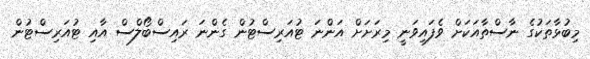
މިބުޅާތަކުގެ ނާސްތާއަކަށް ވެފައިވަނީ މިރަށަށް އަންނަ ޓުއަރިސްޓުން ގެންނަ ރައިސްބޯލްސް އާއި ޓުއަރިސްޓުން